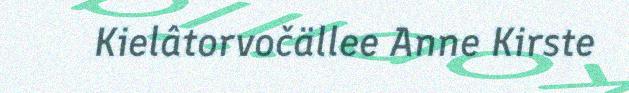
Kielâtorvočällee Anne Kirste